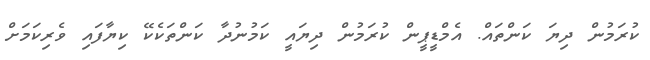
ކުރަމުން ދިޔަ ކަންތައް. އެމްޑީޕީން ކުރަމުން ދިޔައީ ކަމުނުދާ ކަންތަކެކޭ ކިޔާފައި ވެރިކަމަށް